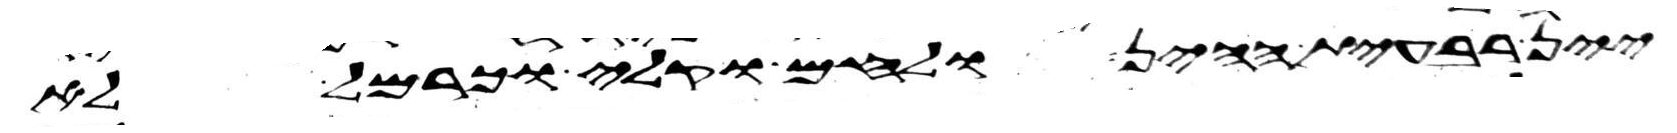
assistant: יין רביעית ההין ולחם וקלי וכרמל לא